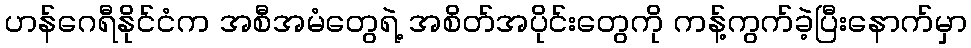
ဟန်ဂေရီနိုင်ငံက အစီအမံတွေရဲ့ အစိတ်အပိုင်းတွေကို ကန့်ကွက်ခဲ့ပြီးနောက်မှာ